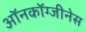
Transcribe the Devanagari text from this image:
ऑनकॉग्जीनेस